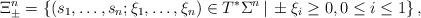
LaTeX: \begin{align*} \Xi_\pm^{n} = \left\{ (s_1, \ldots, s_n; \xi_1, \ldots, \xi_n) \in T^{*} \Sigma^n \,|\, \pm \xi_i \ge 0, 0 \leq i \leq 1 \right\}, \end{align*}